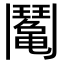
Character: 䰗